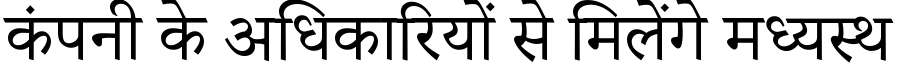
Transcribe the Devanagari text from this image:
कंपनी के अधिकारियों से मिलेंगे मध्यस्थ